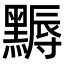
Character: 𪑾